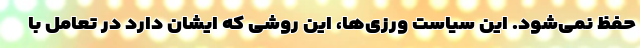
حفظ نمی‌شود. این سیاست ‌ورزی‌ها، این روشی که ایشان دارد در تعامل با